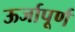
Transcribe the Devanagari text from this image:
ऊर्जापूर्ण